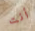
أنت